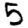
Digit: 5